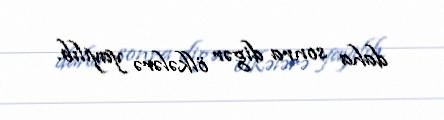
daha sonra digər ölkələrə yayılıb.